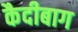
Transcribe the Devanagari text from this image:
कैदीबाग